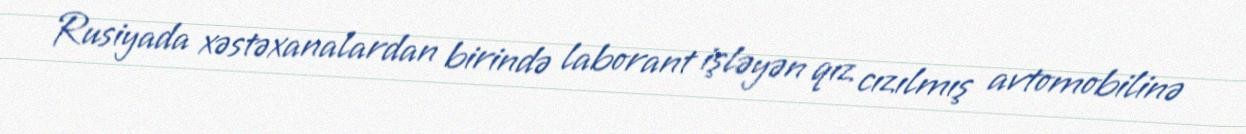
Rusiyada xəstəxanalardan birində laborant işləyən qız cızılmış avtomobilinə